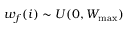
w _ { f } ( i ) \sim U ( 0 , W _ { \mathrm { m a x } } )